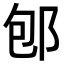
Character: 𨚔